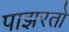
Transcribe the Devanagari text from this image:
पाझरतो